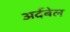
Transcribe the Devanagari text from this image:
अर्दबेल